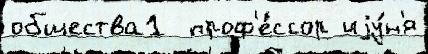
общества1  проф'е́ссор иjу́н'я